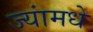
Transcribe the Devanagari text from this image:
ज्यांमधे